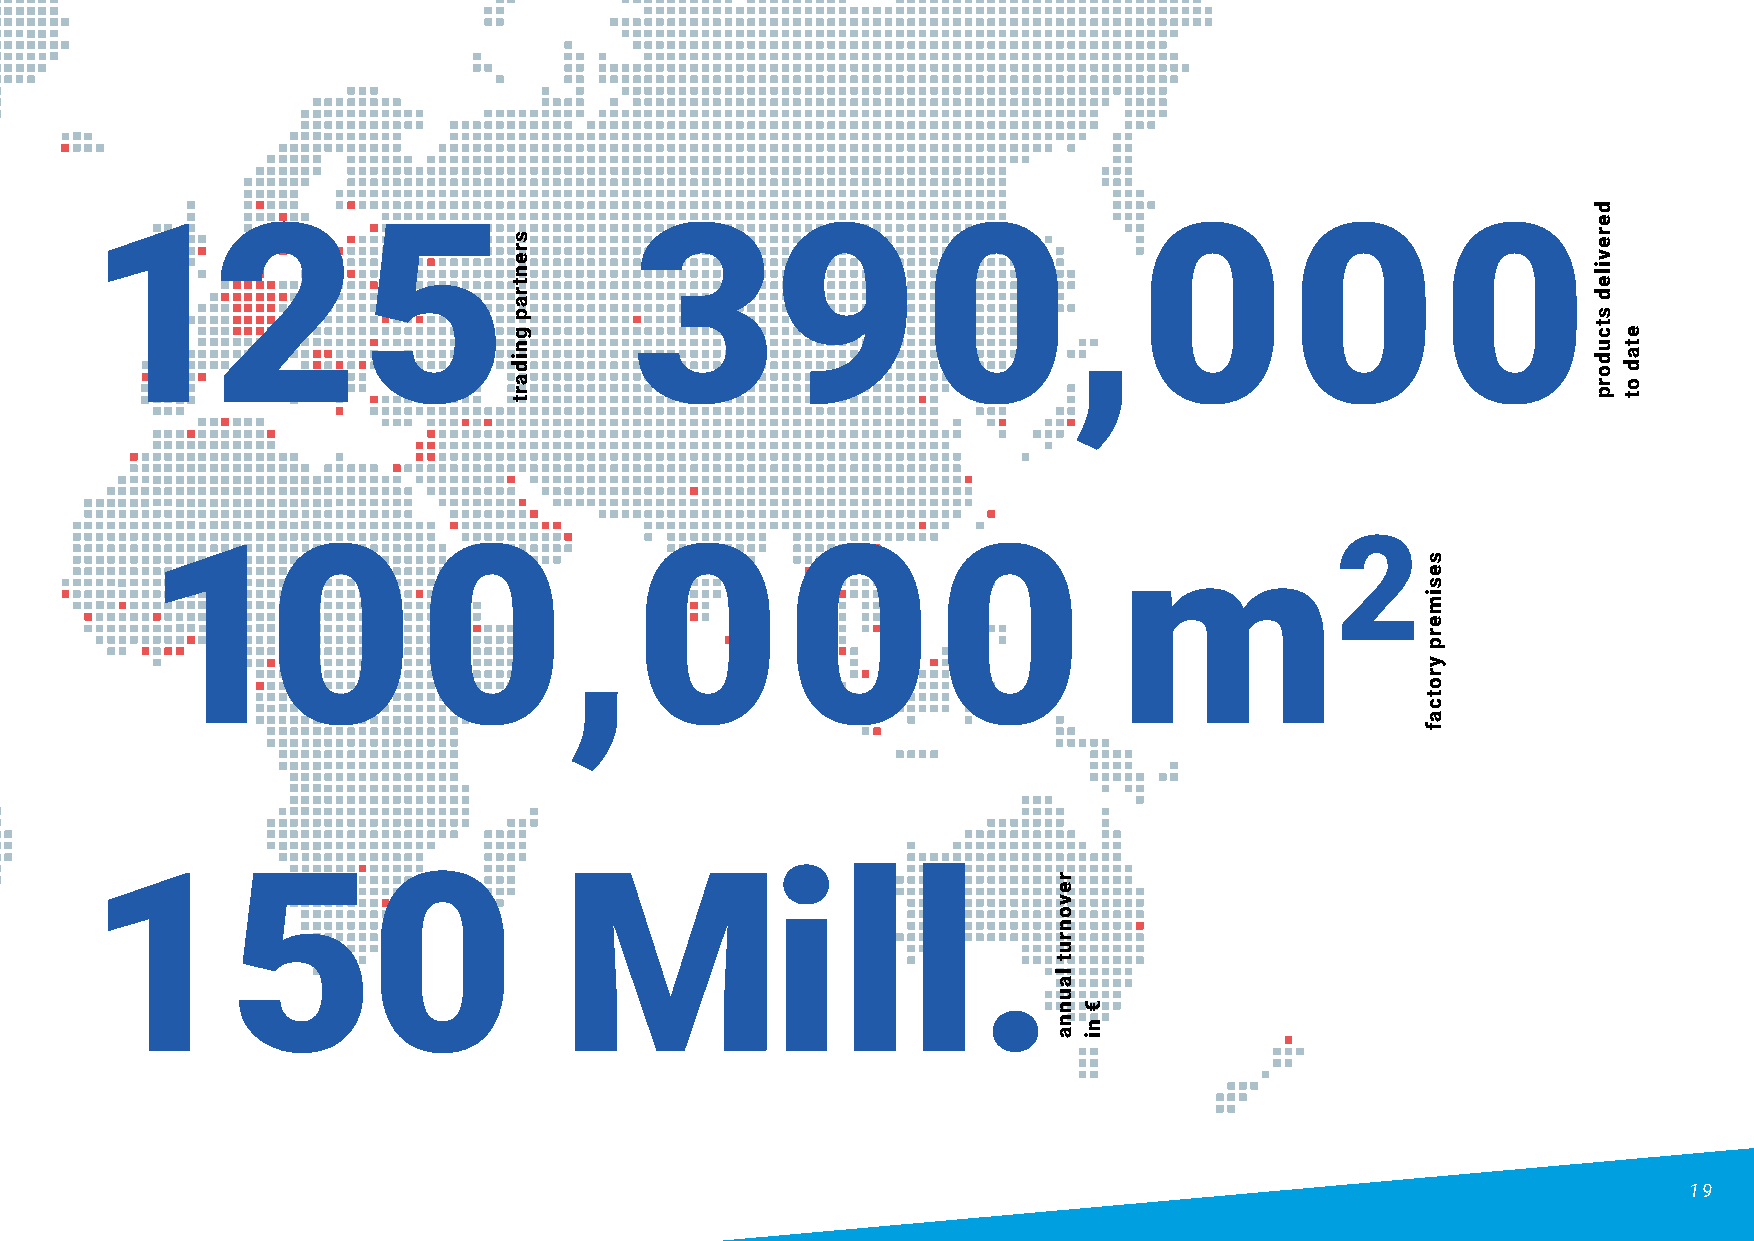
125                                 390,000
 2
 100,000                                                         m
 150                            Mill.
 19
 srentrap
 gnidart
 revonrut
 launna
 €
 ni
 sesimerp
 yrotcaf
 dereviled
 stcudorp
 etad
 ot